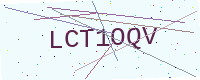
Text: LCT1OQV